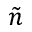
\tilde { n }